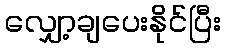
လျှော့ချပေးနိုင်ပြီး